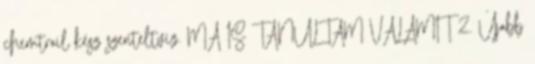
chemtrail kész szenteltvíz. MA IS TANULTAM VALAMIT 2. Újabb